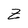
Character: Z